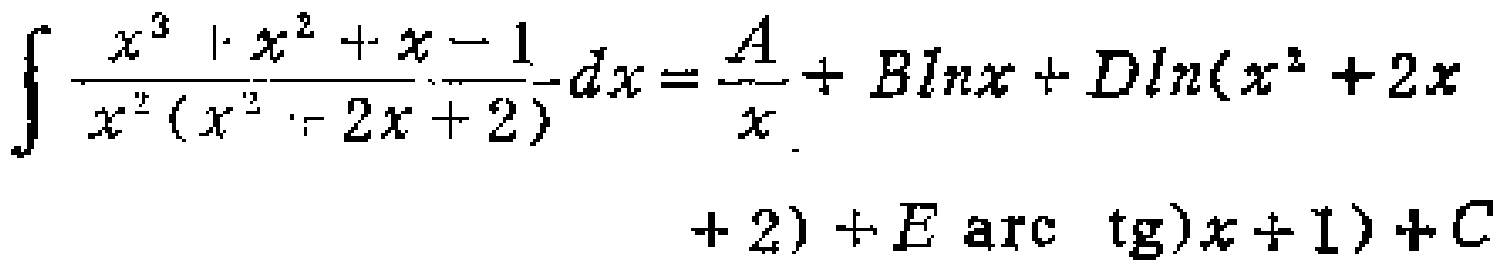
\(\int \frac{x^{3}+x^{2}+x - 1}{x^{2}(x^{2}+2x + 2)}dx=\frac{A}{x}+B\ln x+D\ln(x^{2}+2x + 2)+E\arctan(x + 1)+C\)